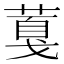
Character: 𦸘